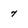
Character: 7